Indian journal of veterinary science and animal husbandry - Volumes 26-27, 1956-1957
Year: 1956
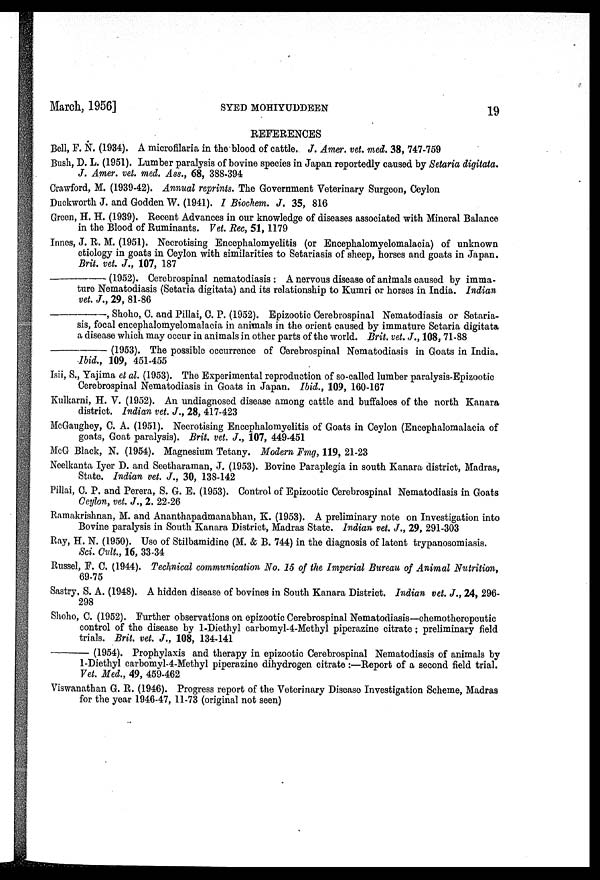
March, 1956]
SYED
MOHIYUDDEEN
19
REFERENCES
Bell, F. N. (1934). A microfilaria in the blood of cattle. J. Amer. vet. med. 38, 747-759
Bush, D. L. (1951). Lumber paralysis of bovine species in Japan reportedly caused by Setaria digitata.
J. Amer. vet. med. Ass., 68, 388-394
Crawford, M. (1939-42). Annual reprints. The Government Veterinary Surgeon, Ceylon
Duckworth J. and Godden W. (1941). I Biochem. J. 35, 816
Green, H. H. (1939). Recent Advances in our knowledge of diseases associated with Mineral Balance
in the Blood of Ruminants. Vet. Rec, 51, 1179
Innes, J. R. M. (1951). Necrotising Encephalomyelitis (or Encephalomyelomalacia) of unknown
etiology in goats in Ceylon with similarities to Setariasis of sheep, horses and goats in Japan.
Brit. vet. J., 107, 187
—(1952).
Cerebrospinal nematodiasis : A nervous disease of animals caused by imma-
ture Nematodiasis (Setaria digitata) and its relationship to Kumri or horses in India. Indian
vet. J., 29, 81-86
—,
Shoho, C. and Pillai, C. P. (1952). Epizootic Cerebrospinal Nematodiasis or Setaria-
sis, focal encephalomyelomalacia in animals in the orient caused by immature Setaria digitata
a disease which may occur in animals in other parts of the world. Brit. vet. J., 108, 71-88
————
(1953). The possible occurrence of Cerebrospinal Nematodiasis in Goats in India.
Ibid., 109, 451-455
Isii, S., Yajima et al. (1953). The Experimental reproduction of so-called lumber paralysis-Epizootic
Cerebrospinal Nematodiasis in Goats in Japan. Ibid., 109, 160-167
Kulkarni, H. V. (1952). An undiagnosed disease among cattle and buffaloes of the north Kanara
district. Indian vet. J., 28, 417-423
McGaughey, C. A. (1951). Necrotising Encephalomyelitis of Goats in Ceylon (Encephalomalacia of
goats, Goat paralysis). Brit. vet. J., 107, 449-451
McG Black, N. (1954). Magnesium Tetany. Modern Fmg, 119, 21-23
Neelkanta Iyer D. and Seetharaman, J. (1953). Bovine Paraplegia in south Kanara district, Madras,
State. Indian vet. J., 30, 138-142
Pillai, C. P. and Perera, S. G. E. (1953). Control of Epizootic Cerebrospinal Nematodiasis in Goats
Ceylon, vet. J., 2. 22-26
Ramakrishnan, M. and Ananthapadmanabhan, K. (1953). A preliminary note on Investigation into
Bovine paralysis in South Kanara District, Madras State. Indian vet. J., 29, 291-303
Ray, H. N. (1950). Use of Stilbamidine (M. & B. 744) in the diagnosis of latent trypanosomiasis.
Sci. Cult., 16, 33-34
Russel, F. C. (1944). Technical communication No. 15 of the Imperial Bureau of Animal Nutrition,
69-75
Sastry, S. A. (1948). A hidden disease of bovines in South Kanara District. Indian vet. J., 24, 296-
298
Shoho, C. (1952). Further observations on epizootic Cerebrospinal Nematodiasis—chemotherepeutic
control of the disease by 1-Diethyl carbomyl-4-Methyl piperazine citrate ; preliminary field
trials. Brit. vet. J., 108, 134-141
—(1954).
Prophylaxis and therapy in epizootic Cerebrospinal Nematodiasis of animals by
1-Diethyl carbomyl-4-Methyl piperazine dihydrogen citrate :—Report of a second field trial.
Vet. Med., 49, 459-462
Viswanathan G. R. (1946). Progress report of the Veterinary Disease Investigation Scheme, Madras
for the year 1946-47, 11-73 (original not seen)